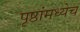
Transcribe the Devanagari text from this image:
पृष्ठांमध्येच